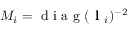
M _ { i } = \textrm { d i a g } ( \textbf { l } _ { i } ) ^ { - 2 }